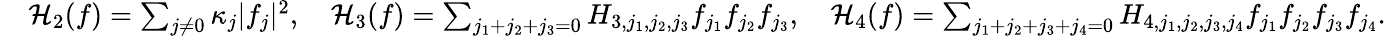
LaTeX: \begin{array}{rl}&{\mathcal{H}_{2}(f)=\sum_{j\ne 0}\kappa_{j}|f_{j}|^{2},\quad\mathcal{H}_{3}(f)=\sum_{j_{1}+j_{2}+j_{3}=0}H_{3,j_{1},j_{2},j_{3}}f_{j_{1}}f_{j_{2}}f_{j_{3}},\quad\mathcal{H}_{4}(f)=\sum_{j_{1}+j_{2}+j_{3}+j_{4}=0}H_{4,j_{1},j_{2},j_{3},j_{4}}f_{j_{1}}f_{j_{2}}f_{j_{3}}f_{j_{4}}.}\end{array}